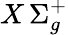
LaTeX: X\, {\Sigma_{g}^{+}}